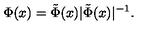
\Phi ( x ) = { \tilde { \Phi } ( x ) } { | \tilde { \Phi } ( x ) | ^ { - 1 } } .